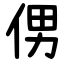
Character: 侽